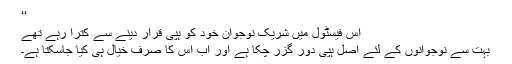
‘‘
اس فیسٹول میں شریک نوجوان خود کو ہپی قرار دینے سے کترا رہے تھے
بہت سے نوجوانوں کے لئے اصل ہپی دور گزر چکا ہے اور اب اُس کا صرف خیال ہی کیا جاسکتا ہے۔